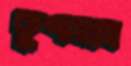
কুশাসনে